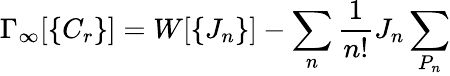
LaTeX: \Gamma_{\infty}[\{ C_{r}\} ]=W[\{ J_{n}\} ]-\sum_{n}{\frac{1}{n!}}J_{n}\sum_{P_{n}}